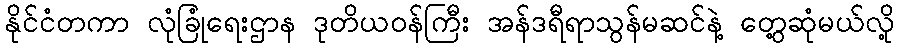
နိုင်ငံတကာ လုံခြုံရေးဌာန ဒုတိယဝန်ကြီး အန်ဒရီရာသွန်မဆင်နဲ့ တွေ့ဆုံမယ်လို့